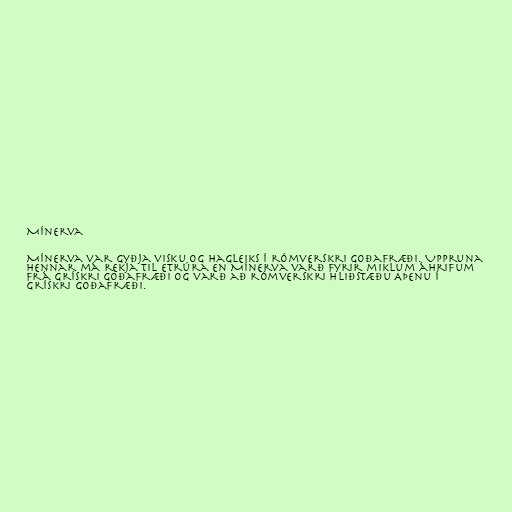
Mínerva

Mínerva var gyðja visku og hagleiks í rómverskri goðafræði. Uppruna
hennar má rekja til Etrúra en Mínerva varð fyrir miklum áhrifum
frá grískri goðafræði og varð að rómverskri hliðstæðu Aþenu í
grískri goðafræði.